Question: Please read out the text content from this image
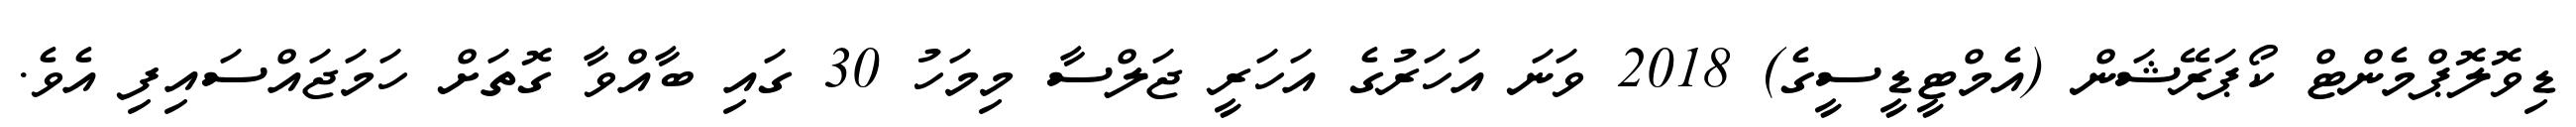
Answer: ޑިވޮލޮޕްމެންޓް ކޯޕަރޭޝަން (އެމްޓީޑީސީގެ) 2018 ވަނަ އަހަރުގެ އަހަރީ ޖަލްސާ މިމަހު 30 ގައި ބާއްވާ ގޮތަށް ހަމަޖައްސައިފި އެވެ.